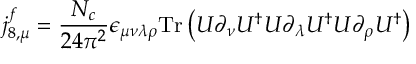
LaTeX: j _ { 8 , \mu } ^ { f } = \frac { N _ { c } } { 2 4 \pi ^ { 2 } } \epsilon _ { \mu \nu \lambda \rho } \mathrm { T r } \left( U \partial _ { \nu } U ^ { \dagger } U \partial _ { \lambda } U ^ { \dagger } U \partial _ { \rho } U ^ { \dagger } \right)